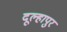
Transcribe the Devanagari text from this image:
दूल्हापुर